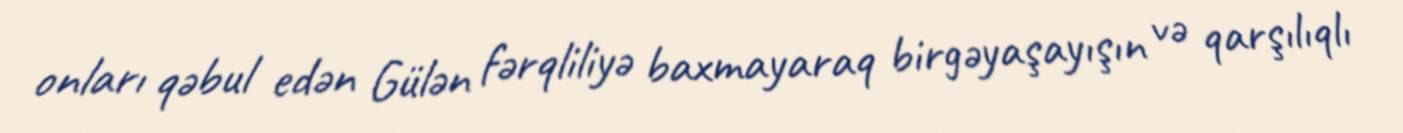
onları qəbul edən Gülən fərqliliyə baxmayaraq birgəyaşayışın və qarşılıqlı